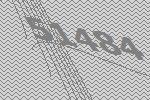
51484